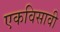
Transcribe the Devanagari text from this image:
एकविसावी